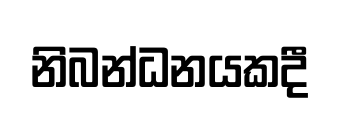
නිබන්ධනයකදී